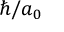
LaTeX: \hbar / a _ { 0 }